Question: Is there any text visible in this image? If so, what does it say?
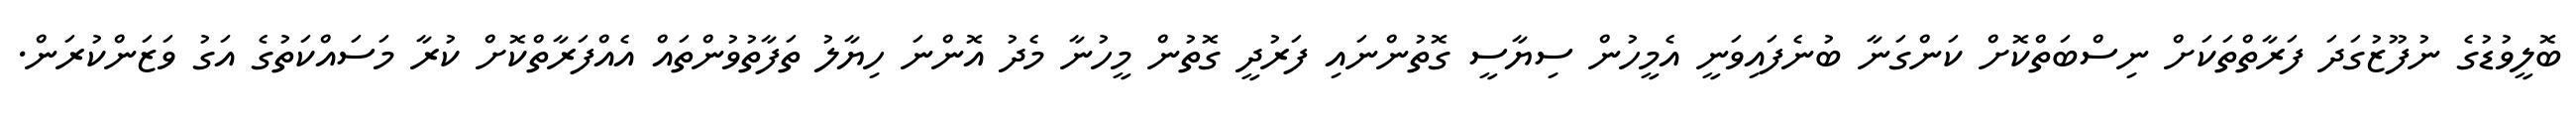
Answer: ބޮލީވުޑުގެ ނުފޫޒުގަދަ ފަރާތްތަކަށް ނިސްބަތްކޮށް ކަންގަނާ ބުނެފައިވަނީ އެމީހުން ސިޔާސީ ގޮތުންނައި ފަރުދީ ގޮތުން މީހުނާ މެދު އޮންނަ ހިޔާލު ތަފާތުވުންތައް އެއްފަރާތްކޮށް ކުރާ މަސައްކަތުގެ އަގު ވަޒަންކުރަން.